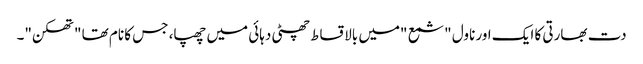
دت بھارتی کا ایک اور ناول "شمع "میں بالاقساط چھٹی دہائی میں چھپا، جس کا نام تھا "تھکن"۔